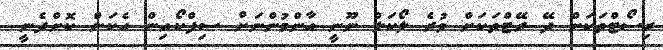
ރިސޯޓްތަކަށް ދޭ ރޭޓްތަކަށް ވުރެ ލޯކަލް ނޫނީ އާންމުންނަށް ސިފްކޯއިން އެކަން ކޮށްދެނީ